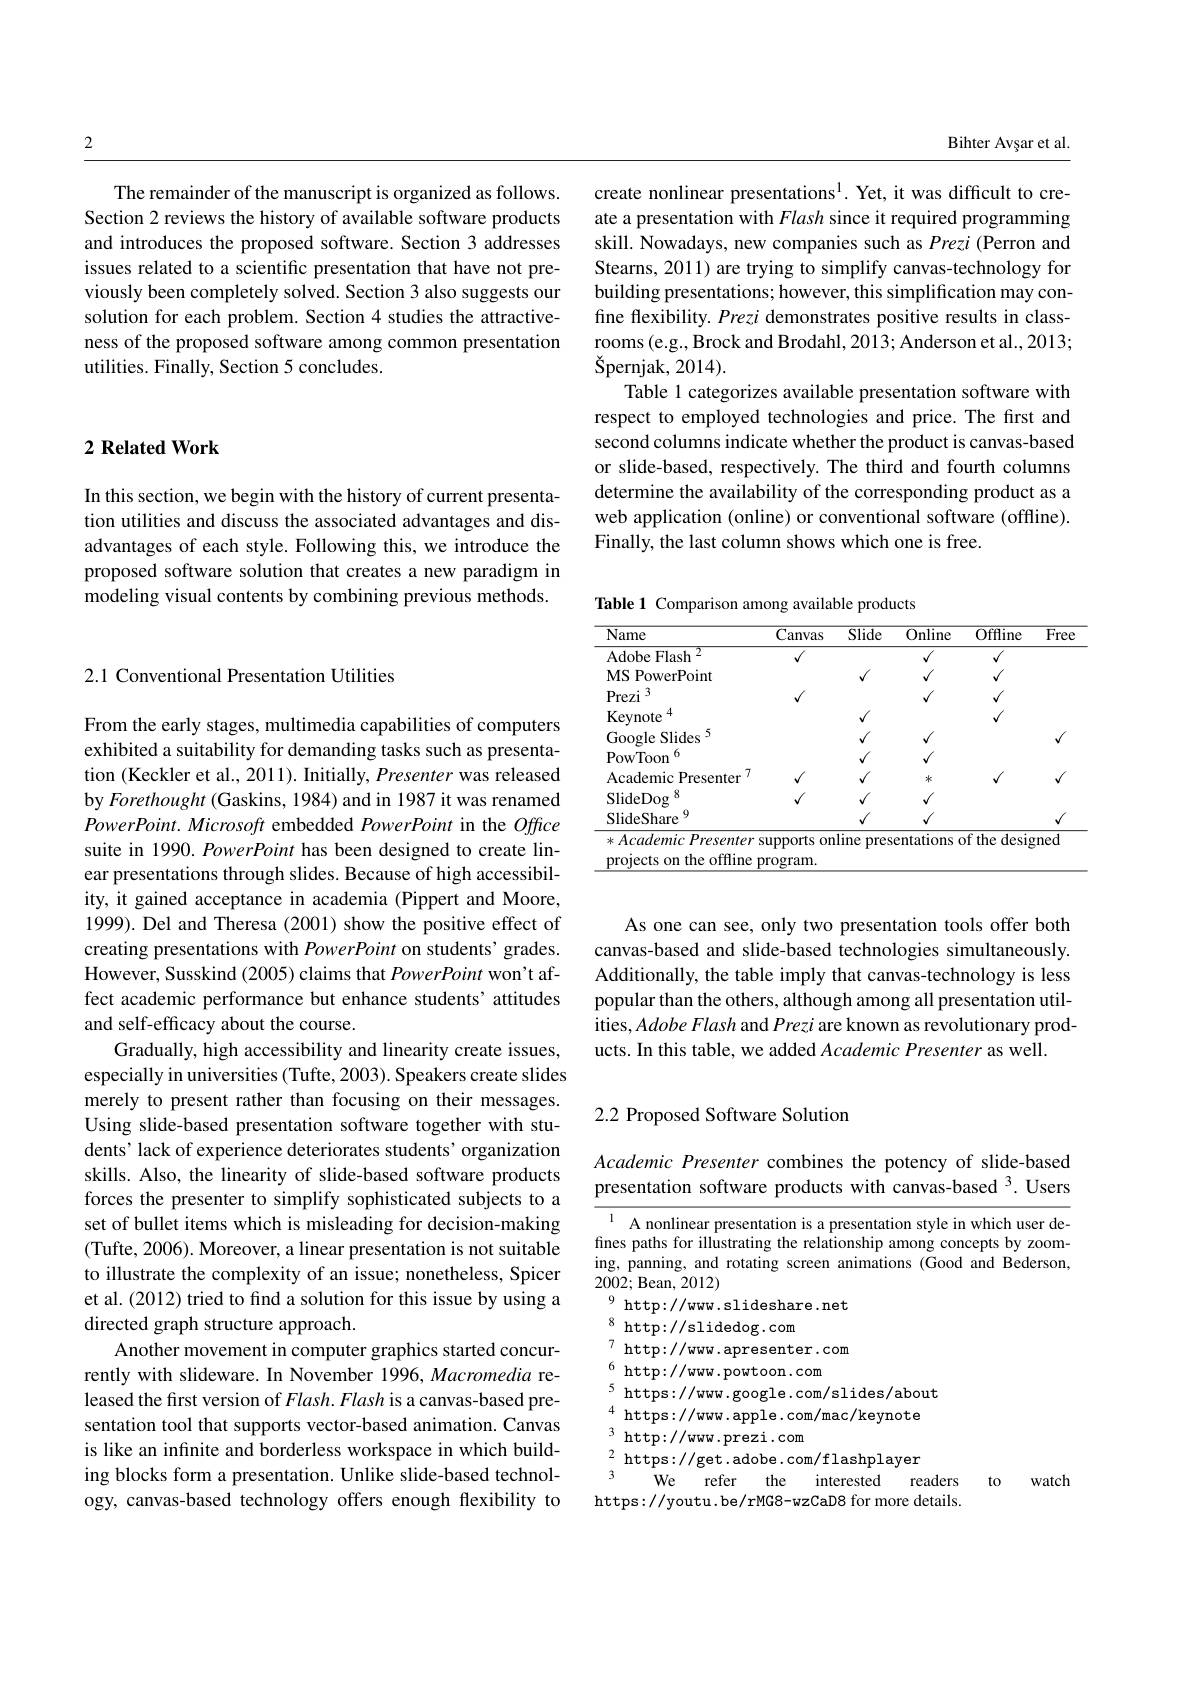
2

The remainder of the manuscript is organized as follows. Section 2 reviews the history of available software products and introduces the proposed software. Section 3 addresses issues related to a scientific presentation that have not previously been completely solved. Section 3 also suggests our solution for each problem. Section 4 studies the attractiveness of the proposed software among common presentation utilities. Finally, Section 5 concludes.

## $2\textbf{ Related Work}$

In this section, we begin with the history of current presentation utilities and discuss the associated advantages and disadvantages of each style. Following this, we introduce the proposed software solution that creates a new paradigm in modeling visual contents by combining previous methods.

Bihter Avșar et al.

create nonlinear presentations$^1.$ Yet, it was difficult to create a presentation with Flash since it required programming skill. Nowadays, new companies such as Prezi (Perron and Stearns, 2011) are trying to simplify canvas-technology for building presentations; however, this simplification may confine flexibility. Prezi demonstrates positive results in classrooms (e.g., Brock and Brodahl, 2013; Anderson et al., 2013; $\v {S}$pernjak, 2014) .
Table 1 categorizes available presentation software with respect to employed technologies and price. The first and second columns indicate whether the product is canvas-based or slide-based, respectively. The third and fourth columns determine the availability of the corresponding product as a web application (online) or conventional software (offline). Finally, the last column shows which one is free.

## 2.1 Conventional Presentation Utilities

From the early stages, multimedia capabilities of computers exhibited a suitability for demanding tasks such as presentation (Keckler et al., 2011). Initially, Presenter was released by Forethought (Gaskins, 1984) and in 1987 it was renamed PowerPoint. Microsoft embedded PowerPoint in the Office suite in 1990. PowerPoint has been designed to create linear presentations through slides. Because of high accessibility, it gained acceptance in academia (Pippert and Moore, 1999). Del and Theresa (2001) show the positive effect of creating presentations with PowerPoint on students' grades. However, Susskind (2005) claims that PowerPoint won't affect academic performance but enhance students' attitudes and self-efficacy about the course.
Gradually, high accessibility and linearity create issues, especially in universities (Tufte, 2003). Speakers create slides merely to present rather than focusing on their messages. Using slide-based presentation software together with students' lack of experience deteriorates students' organization skills. Also, the linearity of slide-based software products forces the presenter to simplify sophisticated subjects to a set of bullet items which is misleading for decision-making (Tufte, 2006). Moreover, a linear presentation is not suitable to illustrate the complexity of an issue; nonetheless, Spicer et al. (2012) tried to find a solution for this issue by using a directed graph structure approach.
Another movement in computer graphics started concurrently with slideware. In November 1996, Macromedia released the first version of $Flash.Flash$ is a canvas-based presentation tool that supports vector-based animation. Canvas is like an infnite and borderless workspace in which building blocks form a presentation. Unlike slide-based technology, canvas-based technology offers enough flexibility to

Table 1 Comparison among available products
<table>
	<tbody>
		<tr>
			<th>Name</th>
			<th>$\overline{\text{Canvas}}$</th>
			<th>Slide</th>
			<th>Online</th>
			<th>$\overline{Offline}$</th>
			<th>$\overline{{\mathrm{Free}}}$</th>
		</tr>
		<tr>
			<td>Adobe Flash 2</td>
			<td>$√$</td>
			<td> </td>
			<td>$\sqrt{\sqrt{1}}$</td>
			<td>$√$</td>
			<td> </td>
		</tr>
		<tr>
			<td>$\mathrm{Prezi}^{3}$</td>
			<td>$√$</td>
			<td> </td>
			<td>$√$</td>
			<td>$v$</td>
			<td> </td>
		</tr>
		<tr>
			<td>SlideDog 8 SlideShare</td>
			<td>$√$</td>
			<td>$√$</td>
			<td>$√$</td>
			<td> </td>
			<td> </td>
		</tr>
		<tr>
			<td>SlideShare 4</td>
			<td> </td>
			<td>$√$</td>
			<td>$√$</td>
			<td> </td>
			<td>$√$</td>
		</tr>
	</tbody>
</table>

As one can see, only two presentation tools offer both canvas-based and slide-based technologies simultaneously. Additionally, the table imply that canvas-technology is less popular than the others, although among all presentation utilities, Adobe Flash and Prezi are known as revolutionary products. In this table, we added Academic Presenter as well.

## 2.2 Proposed Software Solution

Academic Presenter combines the potency of slide-based presentation software products with canvas-based 3. Users

<table>
	<tbody>
		<tr>
			<td>7</td>
			<td>httr   com</td>
			<td> </td>
			<td> </td>
			<td> </td>
		</tr>
		<tr>
			<td>6</td>
			<td>6 http 10 201 com</td>
			<td> </td>
			<td> </td>
			<td> </td>
		</tr>
		<tr>
			<td>5</td>
			<td>10111</td>
			<td>about</td>
			<td> </td>
			<td> </td>
		</tr>
		<tr>
			<td>4</td>
			<td>httns</td>
			<td>lote</td>
			<td> </td>
			<td> </td>
		</tr>
		<tr>
			<td>3</td>
			<td>3 Om</td>
			<td> </td>
			<td> </td>
			<td> </td>
		</tr>
		<tr>
			<td>2</td>
			<td> </td>
			<td>iVer</td>
			<td> </td>
			<td> </td>
		</tr>
		<tr>
			<td>3</td>
			<td>3 $We$ the Te 1mte stpr TT TO</td>
			<td>readers</td>
			<td>to</td>
			<td>Watc</td>
		</tr>
	</tbody>
</table>